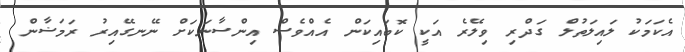
އެކަމަކު ލައިލަތުލް ގަދްރި ވިލޭރެ އަކީ ކޮބައިކަން އެއްވެސް އިންސާނަކަށް ނޭނގޭއިރު ރަމަޟާން